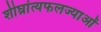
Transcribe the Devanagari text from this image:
शीघ्रांत्यफलज्याओं